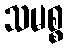
သမစ္စ